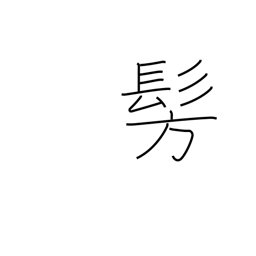
Meaning: dimly